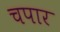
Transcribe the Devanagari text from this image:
चपार